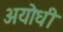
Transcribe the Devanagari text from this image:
अयोधी